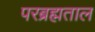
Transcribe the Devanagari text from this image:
परब्रह्मताल